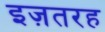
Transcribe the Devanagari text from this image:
इज़तरह